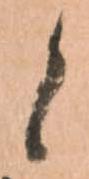
候